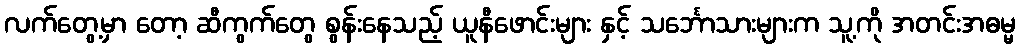
လက်တွေ့မှာ တော့ ဆီကွက်တွေ စွန်းနေသည့် ယူနီဖောင်းများ နှင့် သင်္ဘောသားများက သူ့ကို အတင်းအဓမ္မ